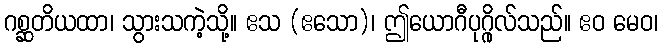
ဂစ္ဆတိယထာ၊ သွားသကဲ့သို့။ ဧသ (ဧသော)၊ ဤယောဂီပုဂ္ဂိုလ်သည်။ ဧဝ မေဝ၊